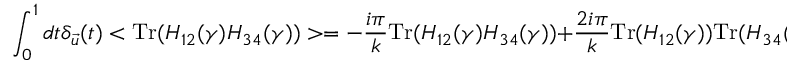
\int _ { 0 } ^ { 1 } d t \delta _ { \vec { u } } ( t ) < \mathrm { T r } ( H _ { 1 2 } ( \gamma ) H _ { 3 4 } ( \gamma ) ) > = - { \frac { i \pi } { k } } \mathrm { T r } ( H _ { 1 2 } ( \gamma ) H _ { 3 4 } ( \gamma ) ) + { \frac { 2 i \pi } { k } } \mathrm { T r } ( H _ { 1 2 } ( \gamma ) ) \mathrm { T r } ( H _ { 3 4 } ( \gamma ) )